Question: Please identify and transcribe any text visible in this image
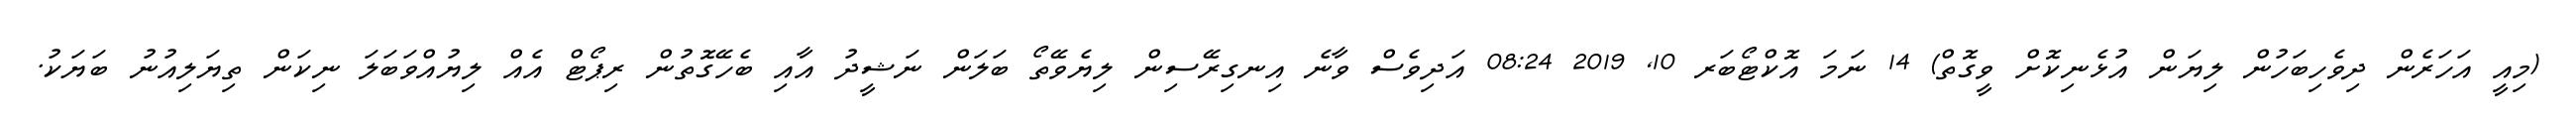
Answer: (މިއީ އަހަރެން ދިވެހިބަހުން ލިޔަން އުޅެނިކޮށް ވީގޮތް) 14 ނަމަ އޮކްޓޯބަރ 10, 2019 08:24 އަދިވެސް ވާނެ އިނގިރޭސިން ލިޔެވޭތޯ ބަލަން ނަޝީދު އާއި ބެހޭގޮތުން ރިޕޯޓް އެއް ލިޔުއްވަބަލަ ނިކަން ތިޔަލިއުނު ބަޔަކު.